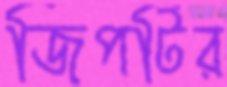
জিপটির